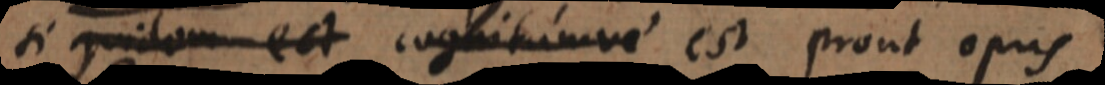
si quidem est cognitumve est prout opus